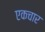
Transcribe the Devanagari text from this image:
एकचार